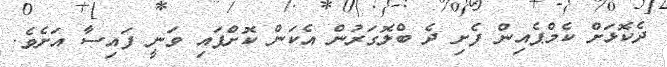
ދެކޮޅަށް ކެމްޕެއިން ފެށި ދެ ބްލޮގަރުން އެކަން ކޮށްފައި ވަނީ ފައިސާ އަށެވެ.